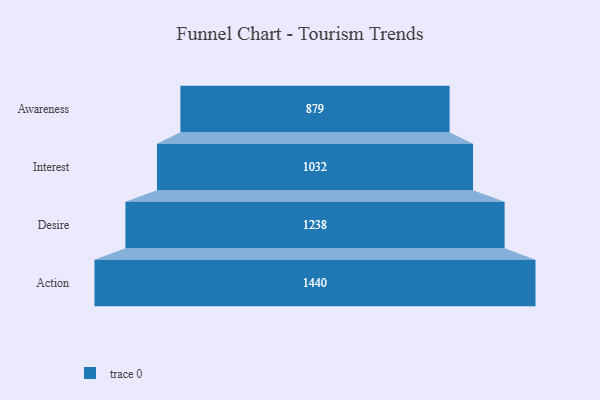
{"axis": {"x": "Stage", "y": "Value"}, "legend": [""], "data": [{"x": "Awareness", "y": 879.0, "type": ""}, {"x": "Interest", "y": 1032.0, "type": ""}, {"x": "Desire", "y": 1238.0, "type": ""}, {"x": "Action", "y": 1440.0, "type": ""}]}